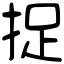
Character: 捉